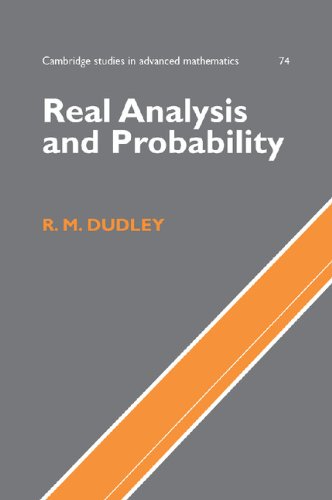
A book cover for Real Analysis and Probability (Cambridge Studies in Advanced Mathematics); R. M. Dudley; Science & Math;